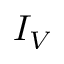
I _ { V }